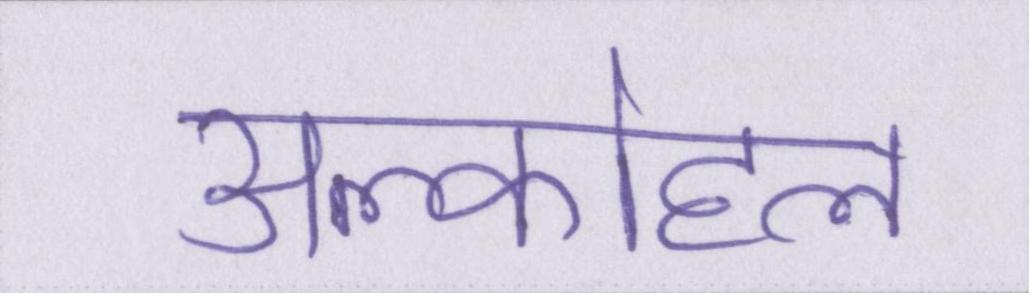
अल्कोहल